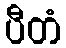
ပီတံ